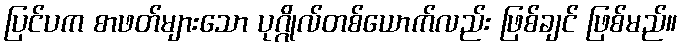
ပြင်ပက စာဖတ်များသော ပုဂ္ဂိုလ်တစ်ယောက်လည်း ဖြစ်ချင် ဖြစ်မည်။